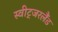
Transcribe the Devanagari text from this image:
स्वीट्‍जरलैंड